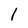
Character: 1